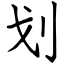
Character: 划